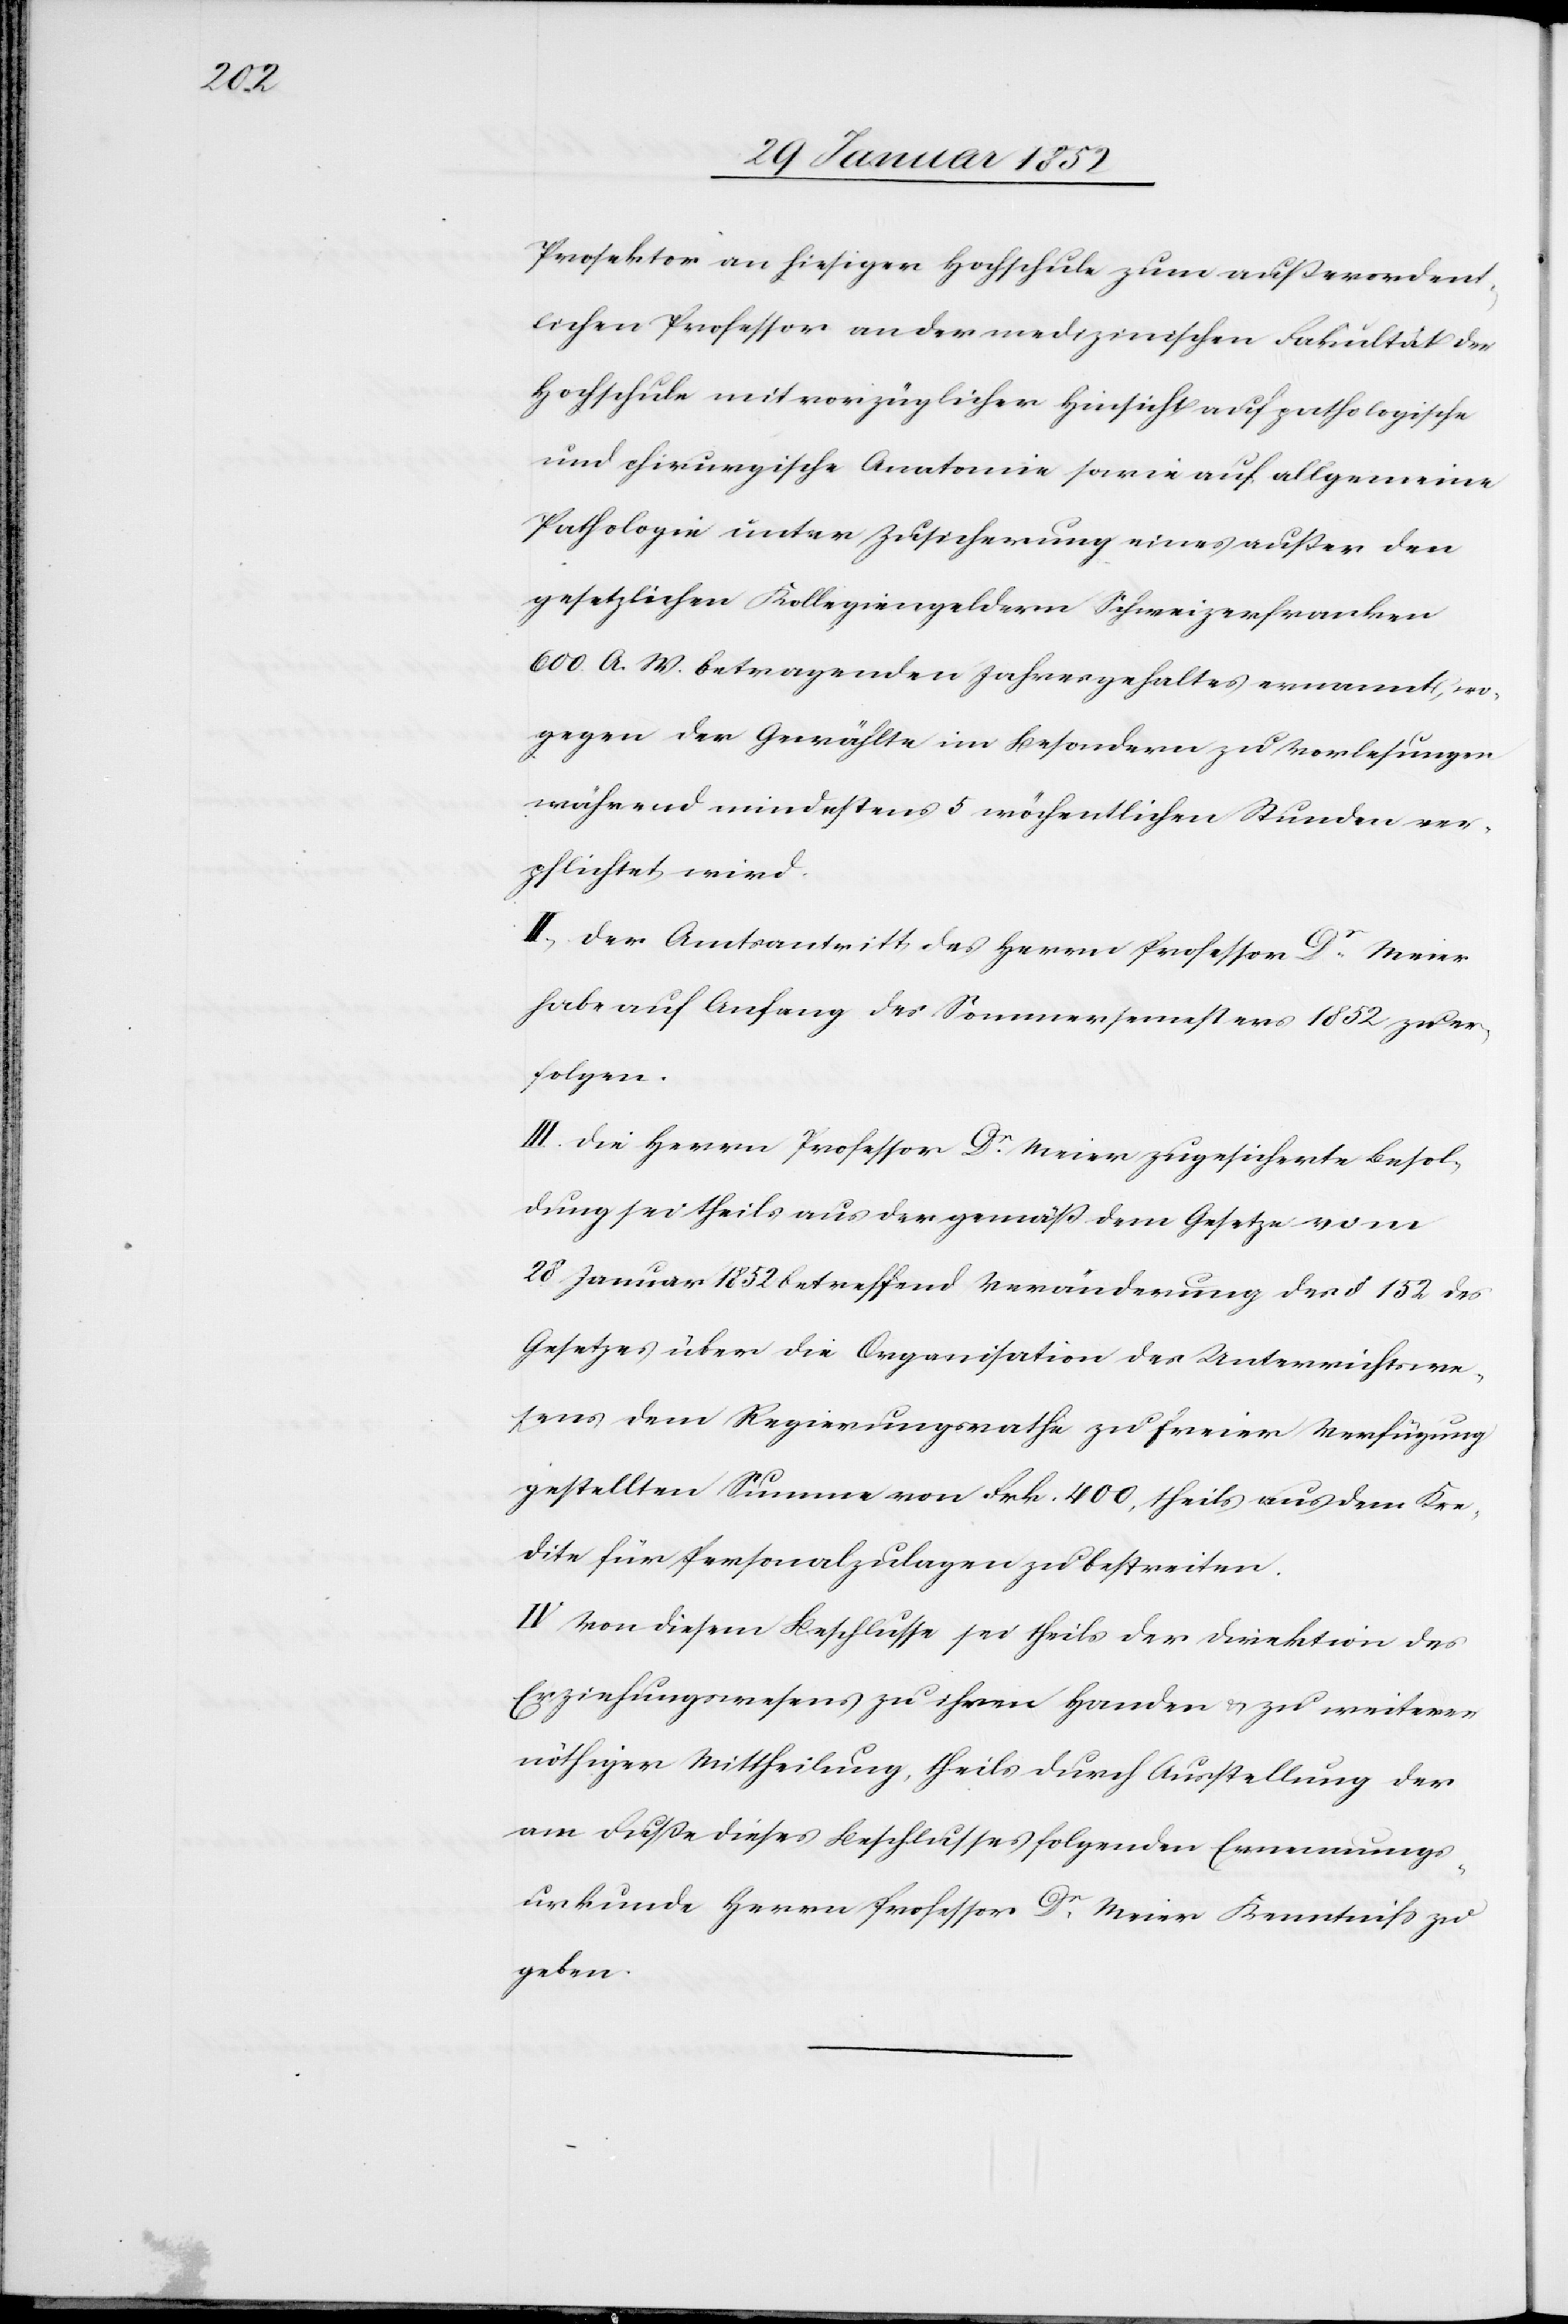
Prosektor an hiesiger Hochschule zum außerordent¬
lichen Professor an der medizinischen Fakultät der
Hochschule mit vorzüglicher Hinsicht auf pathologische
und chirurgische Anatomie sowie auf allgemeine
Pathologie unter Zusicherung eines außer den
gesetzlichen Kollegiengeldern Schweizerfranken
600. A. W. betragenden Jahresgehaltes ernannt, wo¬
gegen der Gewählte im Besondern zu Vorlesungen
während mindestens 5 wöchentlichen Stunden ver¬
pflichtet wird.
II. Der Amtsantritt des Herrn Professor Dr. Meier
habe auf Anfang des Sommersemesters 1852 zu er¬
folgen.
III. Die Herrn Professor Dr. Meier zugesicherte Besol¬
dung sei theils aus der gemäß dem Gesetze vom
28 Januar 1852 betreffend Veränderung des § 152 des
Gesetzes über die Organisation des Unterrichtswe¬
sens dem Regierungsrathe zu freier Verfügung
gestellten Summe von Frk. 400, theils aus dem Kre¬
dite für Personalzulagen zu bestreiten.
IV. Von diesem Beschlusse sei theils der Direktion des
Erziehungswesens zu ihren Handen u. zu weiterer
nöthiger Mittheilung, theils durch Ausstellung der
am Fuße dieses Beschlusses folgenden Ernennungs¬
urkunde Herrn Professor Dr. Meier Kenntniß zu
geben.